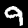
Digit: 9